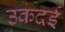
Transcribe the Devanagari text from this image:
उकदई